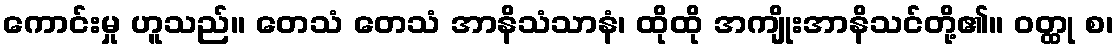
ကောင်းမှု ဟူသည်။ တေသံ တေသံ အာနိသံသာနံ၊ ထိုထို အကျိုးအာနိသင်တို့၏။ ဝတ္ထု စ၊